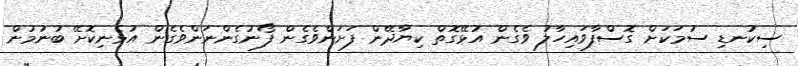
ސިކުނޑި ސުމަކަށް ގޮސްފާވައިހާލު ވެގެން އުޅޭގޮތް ކިޔާދޭން ފަށަންވެގެން ފޯނުގެންނަންވެގެން އުޅެނިކޮށޭ ބުނުމުން